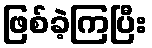
ဖြစ်ခဲ့ကြပြီး